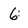
Character: 6